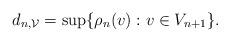
LaTeX: \begin{align*}d_{n, \mathcal{V}} = \sup \{ \rho_n(v) : v \in V_{n+1}\}.\end{align*}